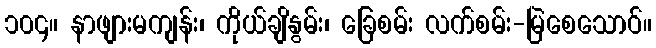
၁၀၄။ နာဖျားမကျန်း၊ ကိုယ်ချိနွမ်း၊ ခြေစမ်း လက်စမ်း-မြဲစေသောဝ်။